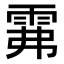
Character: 𩂕